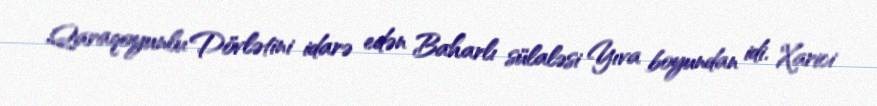
Qaraqoyunlu Dövlətini idarə edən Baharlı sülaləsi Yıva boyundan idi. Xarici